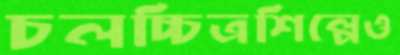
চলচ্চিত্রশিল্পেও